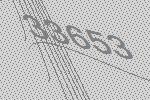
33653